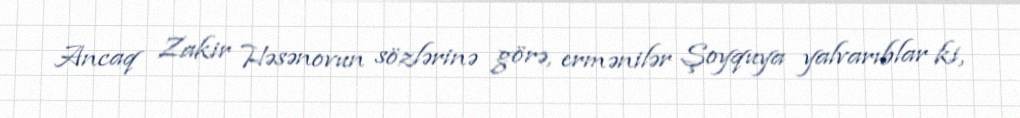
Ancaq Zakir Həsənovun sözlərinə görə, ermənilər Şoyquya yalvarıblar ki,